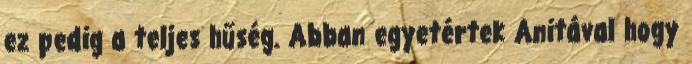
ez pedig a teljes hűség. Abban egyetértek Anitával hogy